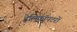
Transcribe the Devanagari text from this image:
हेलिकॉपटरों